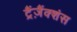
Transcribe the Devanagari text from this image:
ट्रैंज़ैंक्शंस